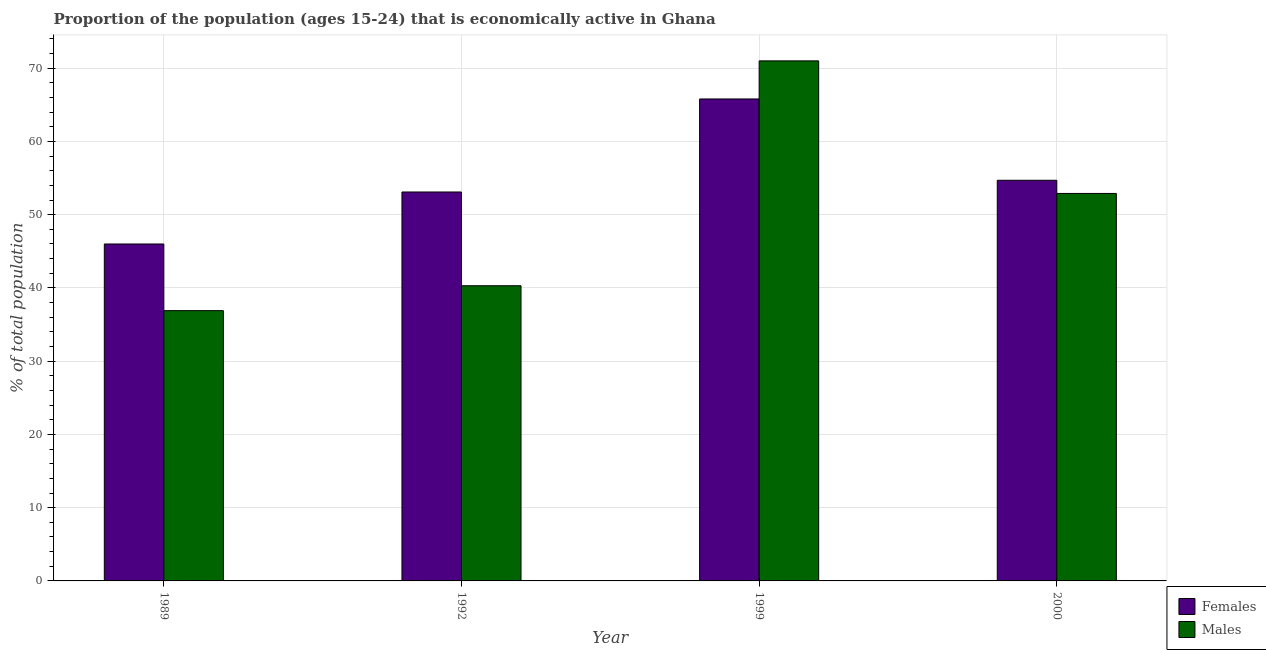
| Year | Females | Males |
 | --- | --- | --- |
 | 1989 | 46 | 36.9 |
 | 1992 | 53.1 | 40.3 |
 | 1999 | 65.8 | 71 |
 | 2000 | 54.7 | 52.9 |